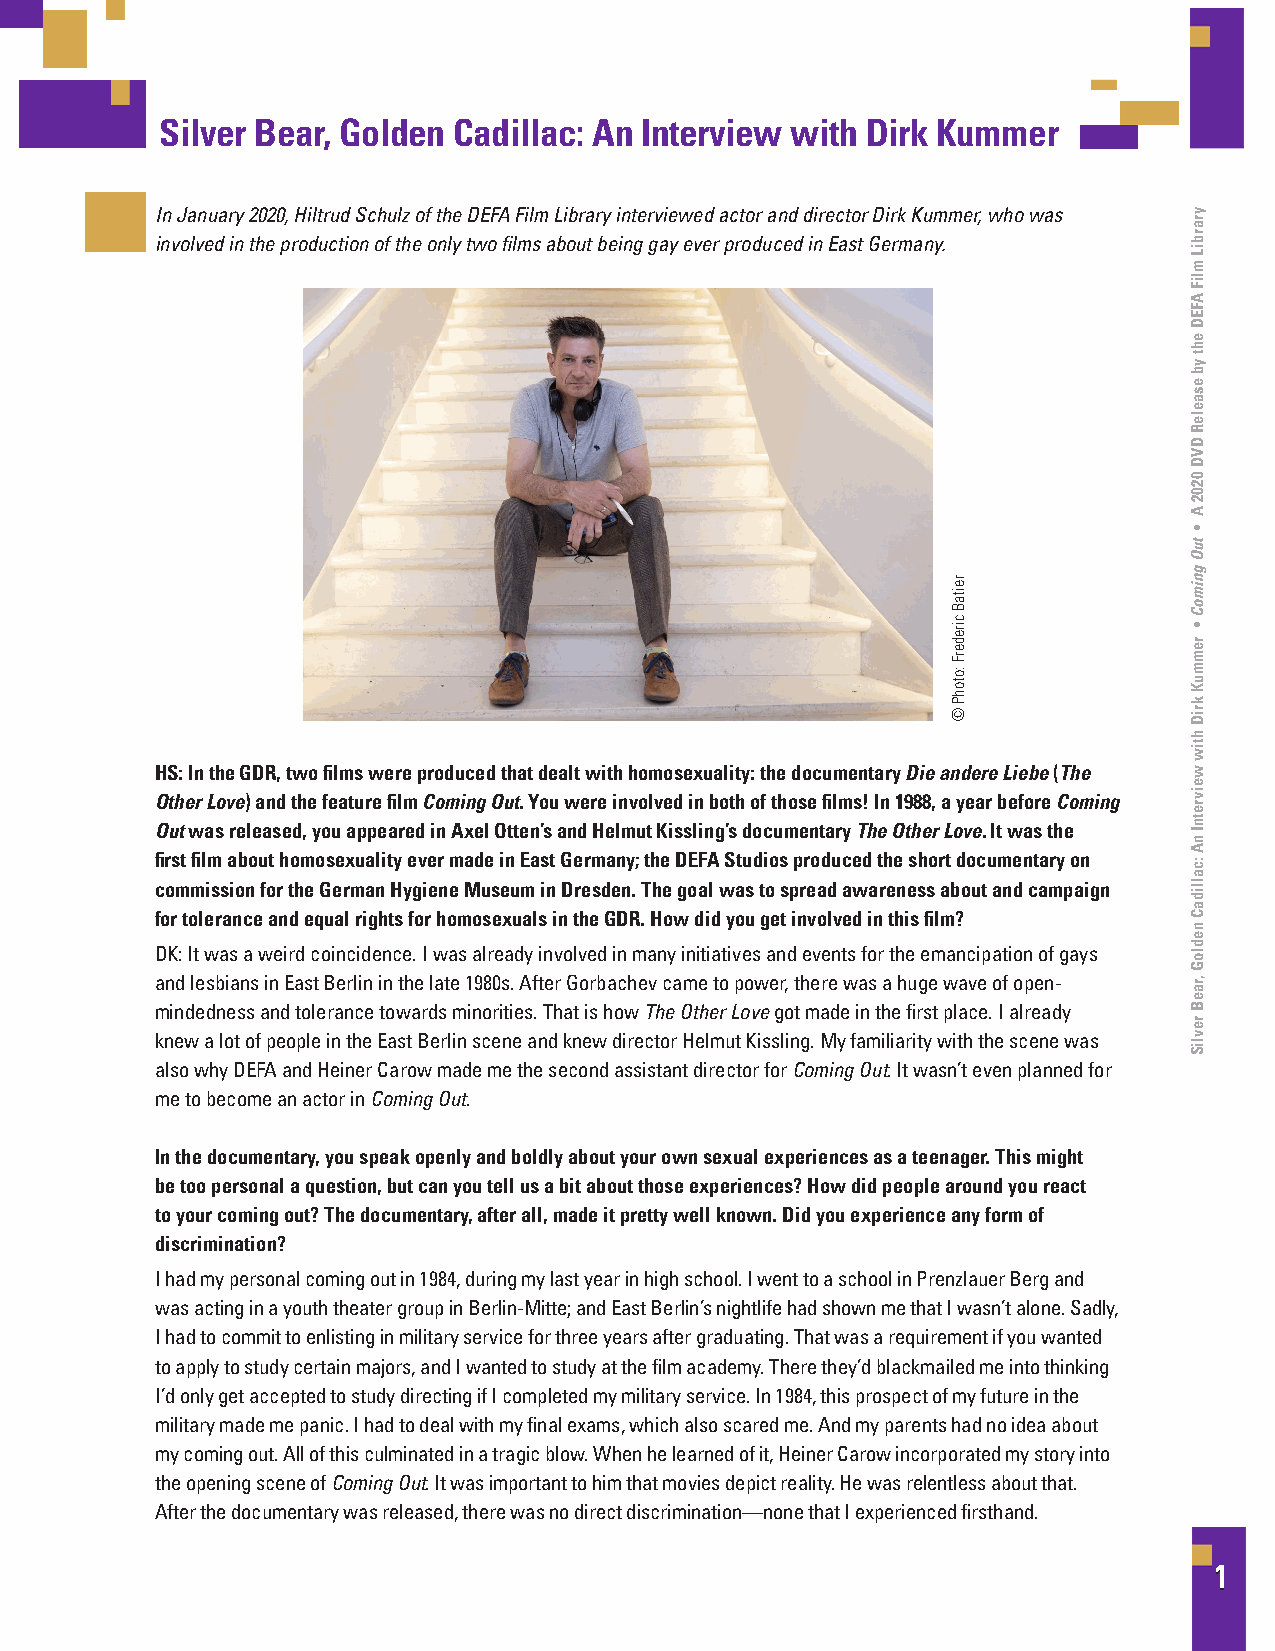
Silver Bear, Golden Cadillac: An Interview with Dirk Kummer
 Silver Bear, Golden Cadillac: An Interview with Dirk Kummer
 In January 2020, Hiltrud Schulz of the DEFA Film Library interviewed actor and director Dirk Kummer, who was
 involved in the production of the only two films about being gay ever produced in East Germany.
 HS: In the GDR, two films were produced that dealt with homosexuality: the documentary Die andere Liebe (The
 Other Love) and the feature film Coming Out. You were involved in both of those films! In 1988, a year before Coming
 Out was released, you appeared in Axel Otten’s and Helmut Kissling’s documentary The Other Love. It was the
 first film about homosexuality ever made in East Germany; the DEFA Studios produced the short documentary on
 commission for the German Hygiene Museum in Dresden. The goal was to spread awareness about and campaign
 for tolerance and equal rights for homosexuals in the GDR. How did you get involved in this film?
 DK: It was a weird coincidence. I was already involved in many initiatives and events for the emancipation of gays
 and lesbians in East Berlin in the late 1980s. After Gorbachev came to power, there was a huge wave of open-
 mindedness and tolerance towards minorities. That is how The Other Love got made in the first place. I already
 knew a lot of people in the East Berlin scene and knew director Helmut Kissling. My familiarity with the scene was
 also why DEFA and Heiner Carow made me the second assistant director for Coming Out. It wasn’t even planned for
 me to become an actor in Coming Out.
 In the documentary, you speak openly and boldly about your own sexual experiences as a teenager. This might
 be too personal a question, but can you tell us a bit about those experiences? How did people around you react
 to your coming out? The documentary, after all, made it pretty well known. Did you experience any form of
 discrimination?
 I had my personal coming out in 1984, during my last year in high school. I went to a school in Prenzlauer Berg and
 was acting in a youth theater group in Berlin-Mitte; and East Berlin’s nightlife had shown me that I wasn’t alone. Sadly,
 I had to commit to enlisting in military service for three years after graduating. That was a requirement if you wanted
 to apply to study certain majors, and I wanted to study at the film academy. There they’d blackmailed me into thinking
 I’d only get accepted to study directing if I completed my military service. In 1984, this prospect of my future in the
 military made me panic. I had to deal with my final exams, which also scared me. And my parents had no idea about
 my coming out. All of this culminated in a tragic blow. When he learned of it, Heiner Carow incorporated my story into
 the opening scene of Coming Out. It was important to him that movies depict reality. He was relentless about that.
 After the documentary was released, there was no direct discrimination—none that I experienced firsthand.
 111
 reitaB
 cirederF
 :otohP
 ©
 yyrraarrbbiiLL
 mmlliiFF
 AAFFEEDD
 eehhtt
 yybb
 eessaaeelleeRR
 DDVVDD
 00220022
 AA
 ••
 ttuuOO
 ggnniimmooCC
 ••
 rreemmmmuuKK
 kkrriiDD
 hhttiiww
 wweeiivvrreettnnII
 nnAA
 ::ccaalllliiddaaCC
 nneeddllooGG
 ,r,raaeeBB
 rreevvlliiSS